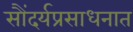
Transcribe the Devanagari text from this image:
सौंदर्यप्रसाधनात